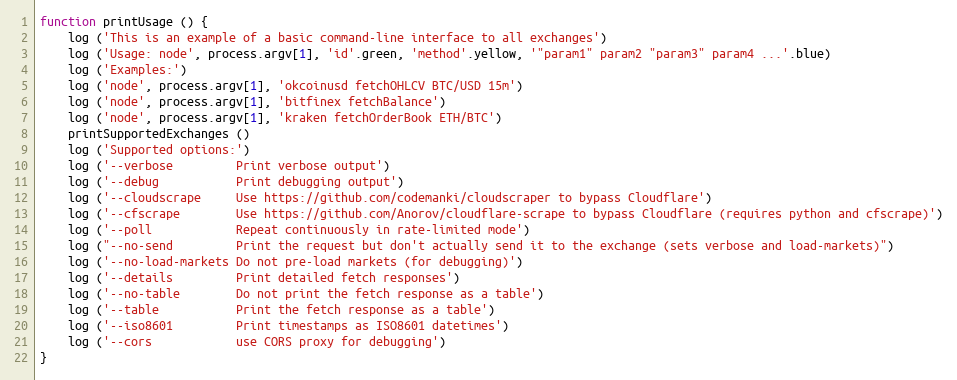
Language: JavaScript
function printUsage () {
    log ('This is an example of a basic command-line interface to all exchanges')
    log ('Usage: node', process.argv[1], 'id'.green, 'method'.yellow, '"param1" param2 "param3" param4 ...'.blue)
    log ('Examples:')
    log ('node', process.argv[1], 'okcoinusd fetchOHLCV BTC/USD 15m')
    log ('node', process.argv[1], 'bitfinex fetchBalance')
    log ('node', process.argv[1], 'kraken fetchOrderBook ETH/BTC')
    printSupportedExchanges ()
    log ('Supported options:')
    log ('--verbose         Print verbose output')
    log ('--debug           Print debugging output')
    log ('--cloudscrape     Use https://github.com/codemanki/cloudscraper to bypass Cloudflare')
    log ('--cfscrape        Use https://github.com/Anorov/cloudflare-scrape to bypass Cloudflare (requires python and cfscrape)')
    log ('--poll            Repeat continuously in rate-limited mode')
    log ("--no-send         Print the request but don't actually send it to the exchange (sets verbose and load-markets)")
    log ('--no-load-markets Do not pre-load markets (for debugging)')
    log ('--details         Print detailed fetch responses')
    log ('--no-table        Do not print the fetch response as a table')
    log ('--table           Print the fetch response as a table')
    log ('--iso8601         Print timestamps as ISO8601 datetimes')
    log ('--cors            use CORS proxy for debugging')
}